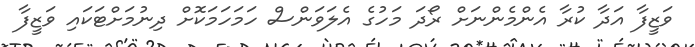
ވަޒީފާ އަދާ ކުރާ އެންމެންނަށް ރޯދަ މަހުގެ އެލަވަންސް ހަމަހަމަކޮށް ދިނުމަށްޓަކައި ވަޒީފާ